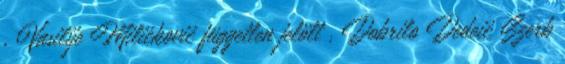
, Vasilije Miličković független jelölt , Dobrilo Dedeić Szerb